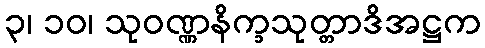
၃၊ ၁၀၊ သုဝဏ္ဏနိက္ခသုတ္တာဒိအဋ္ဌက